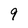
Character: 9